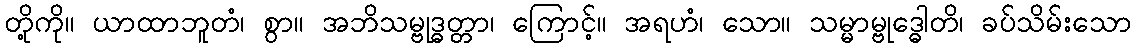
တို့ကို။ ယာထာဘူတံ၊ စွာ။ အဘိသမ္ဗုဒ္ဓတ္တာ၊ ကြောင့်။ အရဟံ၊ သော။ သမ္မာမ္ဗုဒ္ဓေါတိ၊ ခပ်သိမ်းသော